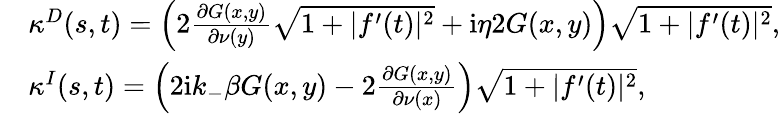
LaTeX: \begin{array}{rl}&{\kappa^{D}(s,t)=\left(2\frac{\partial G(x,y)}{\partial\nu(y)}\sqrt{1+|f^{\prime}(t)|^{2}}+\mathrm{i}\eta 2G(x,y)\right)\sqrt{1+|f^{\prime}(t)|^{2}},}\\ &{\kappa^{I}(s,t)=\left(2\textrm{i}k_{-}\beta G(x,y)-2\frac{\partial G(x,y)}{\partial\nu(x)}\right)\sqrt{1+|f^{\prime}(t)|^{2}},}\end{array}